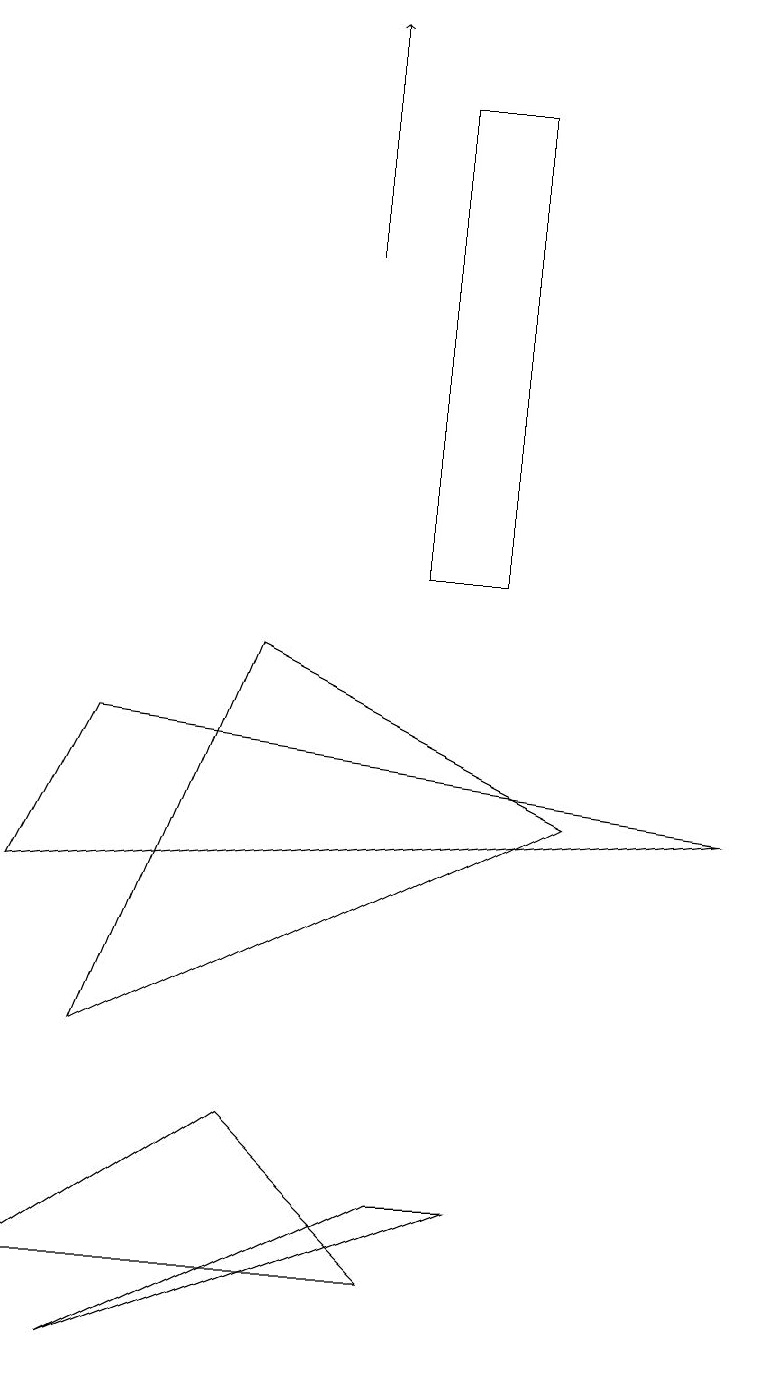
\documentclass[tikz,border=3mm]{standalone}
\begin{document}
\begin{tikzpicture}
\draw (1,0) -- (6,2) -- (5,2) -- cycle;
\draw (9,7) -- (1,8) -- (0,6) -- cycle;
\draw (6,10) rectangle (5,16);
\draw (0,1) -- (5,1) -- (3,3) -- cycle;
\draw[->] (4,14) -- (4,17);
\draw (1,4) -- (3,9) -- (7,7) -- cycle;
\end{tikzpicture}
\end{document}